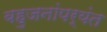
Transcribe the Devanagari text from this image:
बहुजनांपर्यंत